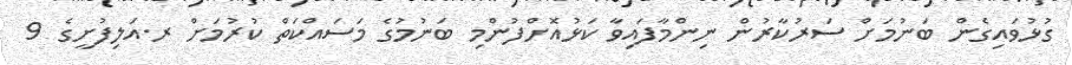
ގުޅުވައިގެން ބަނުމަށް ސަރުކާރުން ނިންމާފައިވާ ކަޅުއޮށްފުންމި ބަނުމުގެ މަސައްކަތް ކުރުމަށް ރ.އަލިފުށީގެ 9